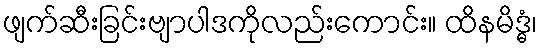
ဖျက်ဆီးခြင်းဗျာပါဒကိုလည်းကောင်း။ ထိနမိဒ္ဓံ၊